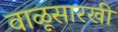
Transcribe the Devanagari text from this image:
वाळूसारखी